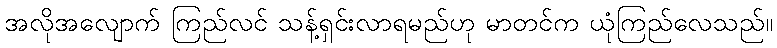
အလိုအလျောက် ကြည်လင် သန့်ရှင်းလာရမည်ဟု မာတင်က ယုံကြည်လေသည်။